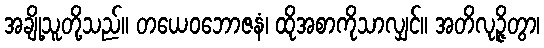
အချို့သူတို့သည်။ တယေဝဘောဇနံ၊ ထိုအစာကိုသာလျှင်။ အတိလုဉ္ဇိတွာ၊